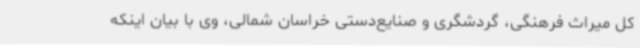
کل میراث فرهنگی، گردشگری و صنایع‌دستی خراسان شمالی، وی با بیان اینکه